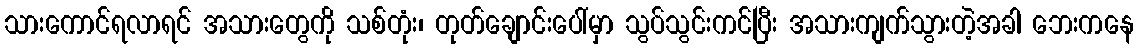
သားကောင်ရလာရင် အသားတွေကို သစ်တုံး၊ တုတ်ချောင်းပေါ်မှာ သွပ်သွင်းကင်ပြီး အသားကျက်သွားတဲ့အခါ ဘေးကနေ